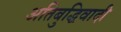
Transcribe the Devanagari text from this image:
अतिबुद्धिवादी